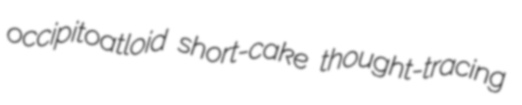
occipitoatloid short-cake thought-tracing